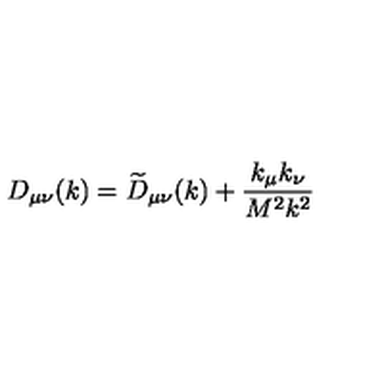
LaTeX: D _ { \mu \nu } ( k ) = \widetilde { D } _ { \mu \nu } ( k ) + \frac { k _ { \mu } k _ { \nu } } { M ^ { 2 } k ^ { 2 } }